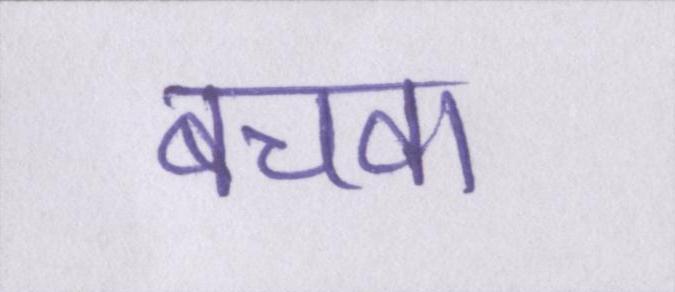
बचवा